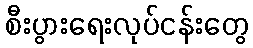
စီးပွားရေးလုပ်ငန်းတွေ